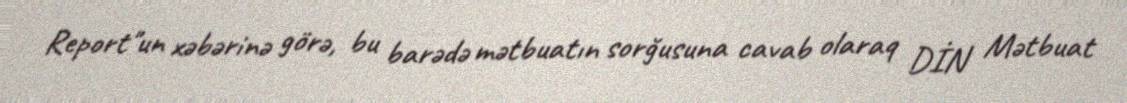
Report"un xəbərinə görə, bu barədə mətbuatın sorğusuna cavab olaraq DİN Mətbuat